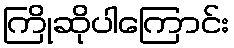
ကြိုဆိုပါကြောင်း